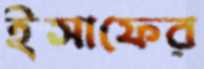
ইসাফের